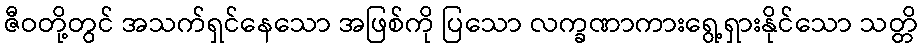
ဇီဝတို့တွင် အသက်ရှင်နေသော အဖြစ်ကို ပြသော လက္ခဏာကားရွေ့ရှားနိုင်သော သတ္တိ